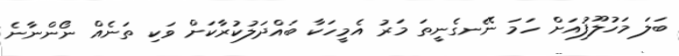
ބަލަ މަހުލޫފުއަށް ހަމަ ނޭނގެނީތަ މަރު އެމީހަކާ ބައްދަލުކުރާކަށް ވަކި ތަނެއް ނޯންނާނެ